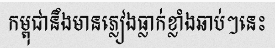
កម្ពុជានឹងមានភ្លៀងធ្លាក់ខ្លាំងឆាប់ៗនេះ